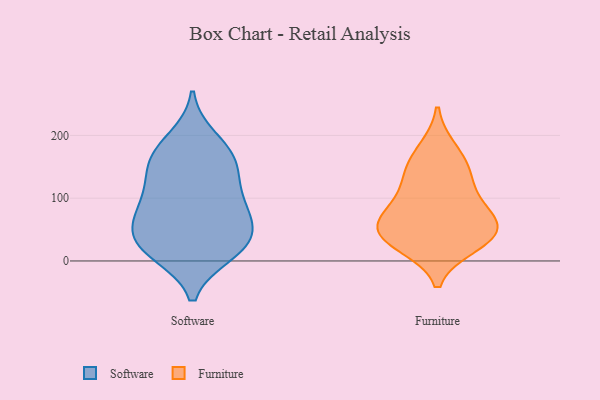
{"axis": {"x": "Active Users", "y": "Value"}, "legend": ["Furniture", "Software"], "data": [{"x": "", "y": 12, "type": "Software"}, {"x": "", "y": 152, "type": "Software"}, {"x": "", "y": 52, "type": "Software"}, {"x": "", "y": 116, "type": "Software"}, {"x": "", "y": 97, "type": "Software"}, {"x": "", "y": 162, "type": "Software"}, {"x": "", "y": 76, "type": "Software"}, {"x": "", "y": 93, "type": "Software"}, {"x": "", "y": 26, "type": "Software"}, {"x": "", "y": 176, "type": "Software"}, {"x": "", "y": 148, "type": "Software"}, {"x": "", "y": 58, "type": "Software"}, {"x": "", "y": 16, "type": "Software"}, {"x": "", "y": 195, "type": "Software"}, {"x": "", "y": 47, "type": "Software"}, {"x": "", "y": 19, "type": "Software"}, {"x": "", "y": 41, "type": "Furniture"}, {"x": "", "y": 176, "type": "Furniture"}, {"x": "", "y": 46, "type": "Furniture"}, {"x": "", "y": 27, "type": "Furniture"}, {"x": "", "y": 137, "type": "Furniture"}, {"x": "", "y": 142, "type": "Furniture"}, {"x": "", "y": 87, "type": "Furniture"}, {"x": "", "y": 43, "type": "Furniture"}, {"x": "", "y": 87, "type": "Furniture"}, {"x": "", "y": 56, "type": "Furniture"}]}